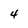
Character: 4